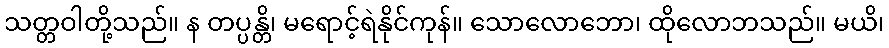
သတ္တဝါတို့သည်။ န တပ္ပန္တိ၊ မရောင့်ရဲနိုင်ကုန်။ သောလောဘော၊ ထိုလောဘသည်။ မယိ၊